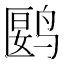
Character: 𬸘